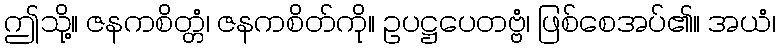
ဤသို့။ ဇနကစိတ္တံ၊ ဇနကစိတ်ကို။ ဥပဋ္ဌပေတဗ္ဗံ၊ ဖြစ်စေအပ်၏။ အယံ၊